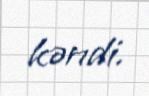
kəndi.